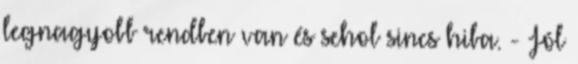
legnagyobb rendben van és sehol sincs hiba. - Jól